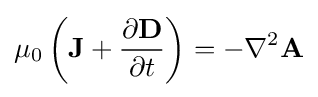
\mu _{0}\left(\mathbf {J} +{\frac {\partial \mathbf {D} }{\partial t}}\right)=-\nabla ^{2}\mathbf {A}